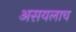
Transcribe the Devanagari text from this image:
असयलाच